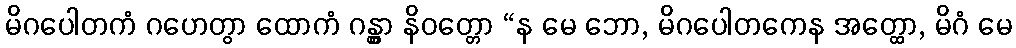
မိဂပေါတကံ ဂဟေတွာ ထောကံ ဂန္တွာ နိဝတ္တော “န မေ ဘော, မိဂပေါတကေန အတ္ထော, မိဂံ မေ